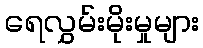
ရေလွှမ်းမိုးမှုများ